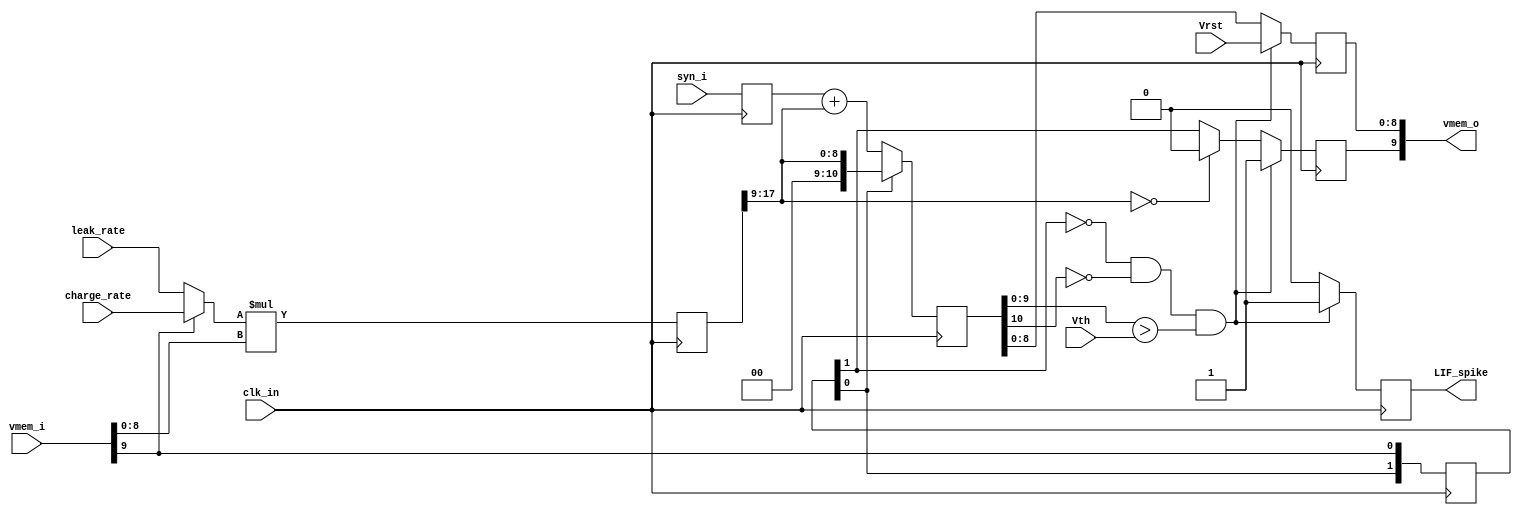
`timescale  	1ns/1ns
 
module  TM_LIF    (//reset_n,
		   clk_in,
                   LIF_spike,
		   leak_rate,
		   charge_rate,
		   Vrst,
		   Vth,
		   syn_i,
		   vmem_i,
		   vmem_o);

//input 				reset_n;
input				clk_in;
input	[8:0]			leak_rate;
input	[8:0]			charge_rate;
input	[8:0]			Vrst;
input	[9:0]			Vth;
input	[9:0]			syn_i;
input	[9:0]			vmem_i; //@0
output	[9:0]			vmem_o; //@3
output				LIF_spike;

reg		[1:0]		vmem_sign;
reg		[8:0]		vmem_rate;
reg		[17:0]		vmem_mlt_rlt;
reg 	signed 	[9:0]		signed_vmem;
reg 	signed 	[9:0]		signed_syn;
reg 	signed 	[10:0]		vmem_sum;
reg		[9:0]		vmem_o;
reg                             LIF_spike;
//0@1
//1@2
always@(posedge clk_in)
begin
	vmem_sign[1:0] <= #1 {vmem_sign[0],vmem_i[9]};
end
//@0
always@(*)
begin
	vmem_rate <= #1 ~vmem_i[9] ? leak_rate : charge_rate; 
end
//@1
always@(posedge clk_in)
begin
	vmem_mlt_rlt <= #1 vmem_rate*vmem_i[8:0];
end
//@1
always@(*)
begin
	signed_vmem = {1'b0,vmem_mlt_rlt[17:9]}; 
end
//@1
always@(posedge clk_in)
begin
	signed_syn <= #1 syn_i;
end
//@2
always@(posedge clk_in)
begin
	vmem_sum <= #1 ~vmem_sign[0] ? signed_syn + signed_vmem : vmem_mlt_rlt[17:9];
end
//@3
always@(posedge clk_in)
begin
	LIF_spike <= #1 ~vmem_sign[1] && ~vmem_sum[10] && vmem_sum[9:0] > Vth ? 1'b1 : 1'b0;
end
//@3
always@(posedge clk_in)
begin
	if ( ~vmem_sign[1] && ~vmem_sum[10] && vmem_sum[9:0] > Vth )
		vmem_o[9] <= #1 1'b1;
	else
		vmem_o[9] <= #1 vmem_mlt_rlt[17:9] == 9'b0 ? 1'b0 : vmem_sign[1];
end
//@3
always@(posedge clk_in)
begin
	vmem_o[8:0] <= #1 ( ~vmem_sign[1] && ~vmem_sum[10] && vmem_sum[9:0] > Vth ) ? Vrst : vmem_sum[8:0];
end

endmodule